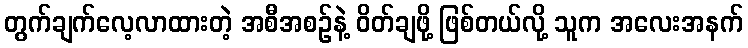
တွက်ချက်လေ့လာထားတဲ့ အစီအစဉ်နဲ့ ဝိတ်ချဖို့ ဖြစ်တယ်လို့ သူက အလေးအနက်